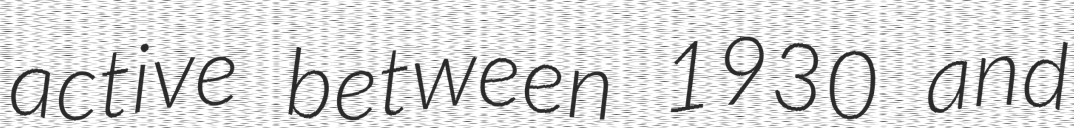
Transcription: active between 1930 and